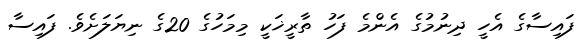
ފައިސާގެ އެހީ ދިނުމުގެ އެންމެ ފަހު ތާރީޚަކީ މިމަހުގެ 20ގެ ނިޔަލަށެވެ. ފައިސާ